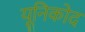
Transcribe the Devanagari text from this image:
यूनिकोद